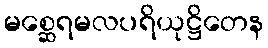
မစ္ဆေရမလပရိယုဋ္ဌိတေန